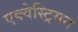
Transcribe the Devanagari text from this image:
एक्वेस्ट्रियन